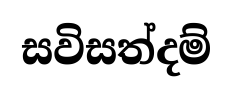
සවිසත්දම්